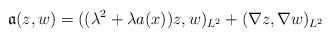
LaTeX: \begin{align*} \mathfrak{a}(z,w) &= ( (\lambda^2 + \lambda a(x))z, w)_{L^2} + (\nabla z, \nabla w)_{L^2}\end{align*}